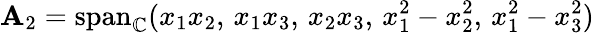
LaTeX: \mathbf{A}_{2}=\mathrm{span}_{\mathbb{C}}(x_{1}x_{2},\, x_{1}x_{3},\, x_{2}x_{3},\, x_{1}^{2}-x_{2}^{2},\, x_{1}^{2}-x_{3}^{2})